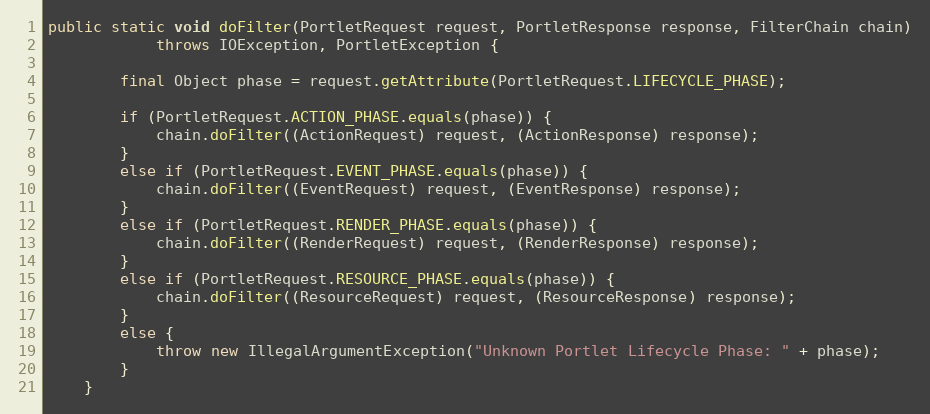
Language: Java
public static void doFilter(PortletRequest request, PortletResponse response, FilterChain chain)
            throws IOException, PortletException {

        final Object phase = request.getAttribute(PortletRequest.LIFECYCLE_PHASE);

        if (PortletRequest.ACTION_PHASE.equals(phase)) {
            chain.doFilter((ActionRequest) request, (ActionResponse) response);
        }
        else if (PortletRequest.EVENT_PHASE.equals(phase)) {
            chain.doFilter((EventRequest) request, (EventResponse) response);
        }
        else if (PortletRequest.RENDER_PHASE.equals(phase)) {
            chain.doFilter((RenderRequest) request, (RenderResponse) response);
        }
        else if (PortletRequest.RESOURCE_PHASE.equals(phase)) {
            chain.doFilter((ResourceRequest) request, (ResourceResponse) response);
        }
        else {
            throw new IllegalArgumentException("Unknown Portlet Lifecycle Phase: " + phase);
        }
    }